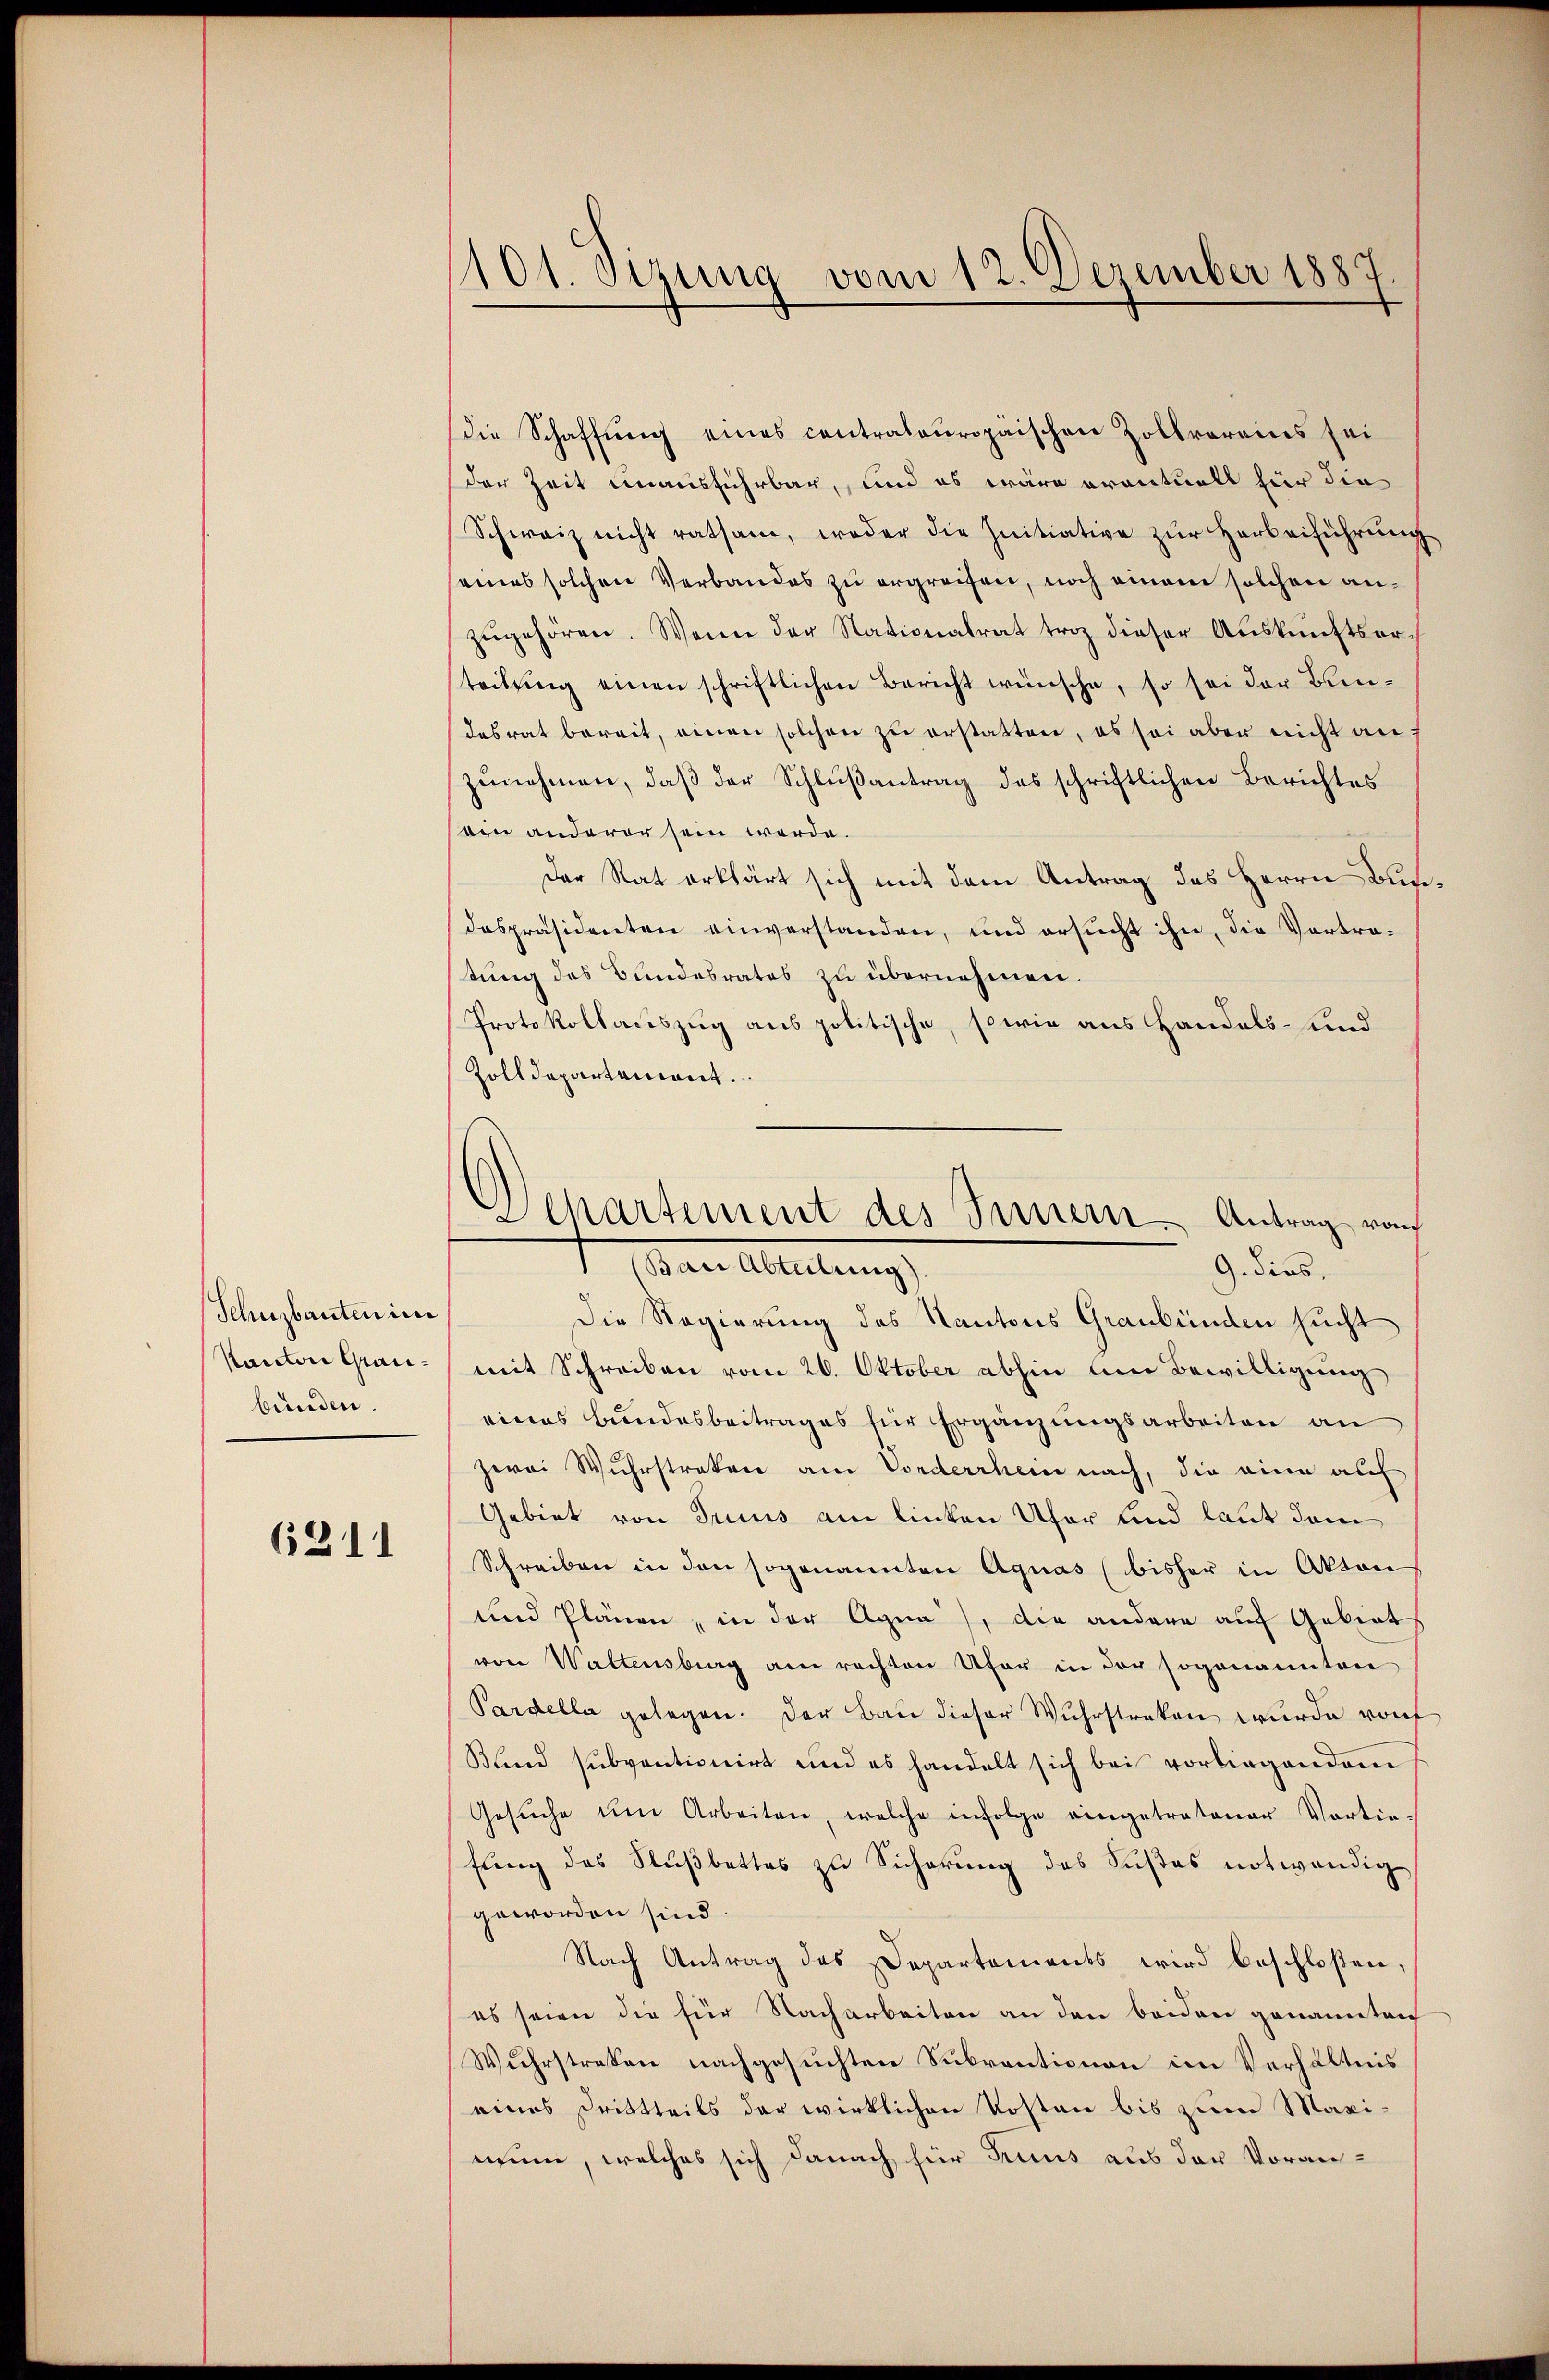
Schusbauten im
Kantone Graubunden

6211

1101. Sizung vom 12. Dezember 1887

die Schaffung eines contrateuropäischen Zollvereins sei
der Zeit einausführbar, und es wäre eventuell für die
Schweiz nicht ratsam, weder die Initiative zur Herbeiführung
eines solchen Verbandes zu ergreifen, noch einem solchen anzŭgehören. Wenn der Nationalrat troz dieser Auskunftserteilŭng einen schriftlichen Bericht wünsche, so sei der Bundesrat bereit, einen solchen zu erstatten, es sei aber nicht auf
zŭnehmen, daβ der Schlŭβantrag des schriftlichen Berichtes
ein anderer sein werde.
Der Rat erklärt sich mit dem Antrag des Herrn Bundespräsidenten einverstanden, und ersucht ihn, die Vortrastung des Bundesrates zu übernehmen.
Protokollaceszug aus politische, sowie aus Handels- und
Zolldepartement.
Die Regierung des Kantons Graubünden sucht
mit Schreiben vom 20. Oktober abhin um Bewilligung
eines Bundesbeitrages für Ergänzungsarbeiten an
zwai Wuhrstraker am Vorderrhein nach, die eine auf
Gebiet von Trius am linken Ufer und laut dem
Schreiben in den sogenannten Aguas (bisher in Akten
und Plänen, in der Agna), die andere auf Gebiet
von Waltensberg am rechten Ufer in der sogenannten
Pardella gelegen. Der Bau dieser Wuhrstreken wurde von
Blind subventionirt und es handelt sich bei vorliegendem
Gesŭche im Arbeiten, welche infolge eingetretener Vortie-
fung des Nußbettes zu Sicherung des Sustes notwendig
geworden sind.
Nach Antrag des Departements wird beschloßen,
es seien die für Nacharbeiten an den beiden genannten
Wuhrstraten nachgesuchten Subventionen im Verhältnis
eines Drittheils der wirklichen Kosten bis zum Maximen, welches sich danach für Truns aus der Voran¬

Chartement des Innern Antrag von
(Bai Abteilung)
9. dies